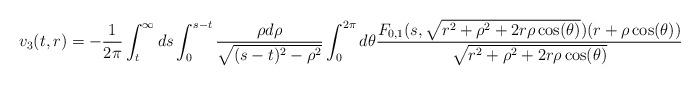
LaTeX: \begin{align*}v_{3}(t,r) = -\frac{1}{2\pi} \int_{t}^{\infty} ds \int_{0}^{s-t} \frac{\rho d\rho}{\sqrt{(s-t)^{2}-\rho^{2}}} \int_{0}^{2\pi} d\theta \frac{F_{0,1}(s,\sqrt{r^{2}+\rho^{2}+2 r \rho \cos(\theta)})(r+\rho \cos(\theta))}{\sqrt{r^{2}+\rho^{2}+2 r \rho \cos(\theta)}}\end{align*}